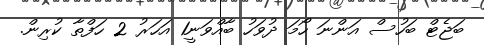
ބަޖެޓް ބަހުސް އަންނަ ހޯމަ ދުވަހު ބާއްވަނީ1 އަހަރު 2 ހަފްތާ ކުރިން.